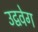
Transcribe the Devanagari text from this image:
उद्ववेग